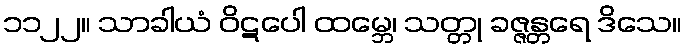
၁၁၂၂။ သာခါယံ ဝိဋပေါ ထမ္ဘေ၊ သတ္တု ခဇ္ဇန္တရေ ဒိသေ။